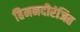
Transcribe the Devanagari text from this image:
हिमनदीरंजित